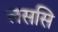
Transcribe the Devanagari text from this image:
लससि